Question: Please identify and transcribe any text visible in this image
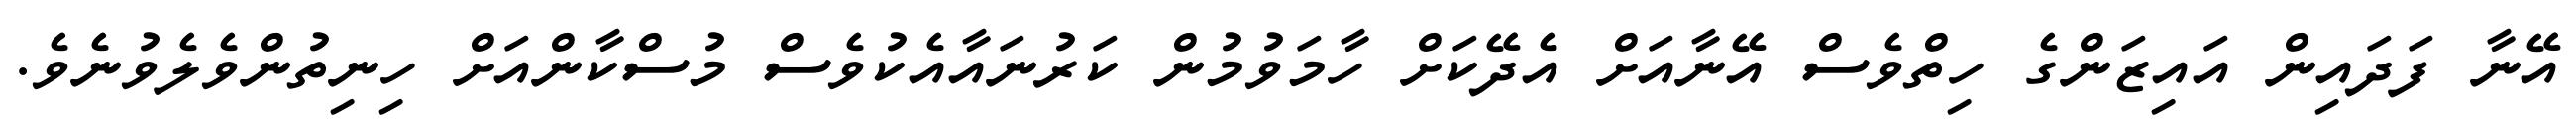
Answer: އޭނާ ފަދައިން އައިޒަންގެ ހިތްވެސް އޭނާއަށް އެދޭކަށް ހާމަވުމުން ކަރުނައާއެކުވެސް މުސްކާންއަށް ހިނިތުންވެލެވުނެވެ.